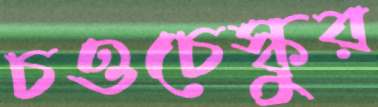
চওচেস্কুর